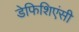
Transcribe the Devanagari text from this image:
डेफिशिएंसी